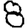
Digit: 8